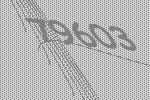
79603